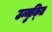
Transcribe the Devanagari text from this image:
उन्मुक्‍ति